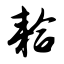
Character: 耠